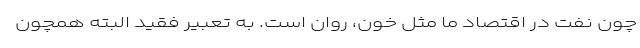
چون نفت در اقتصاد ما مثل خون، روان است. به تعبیر فقید البته همچون